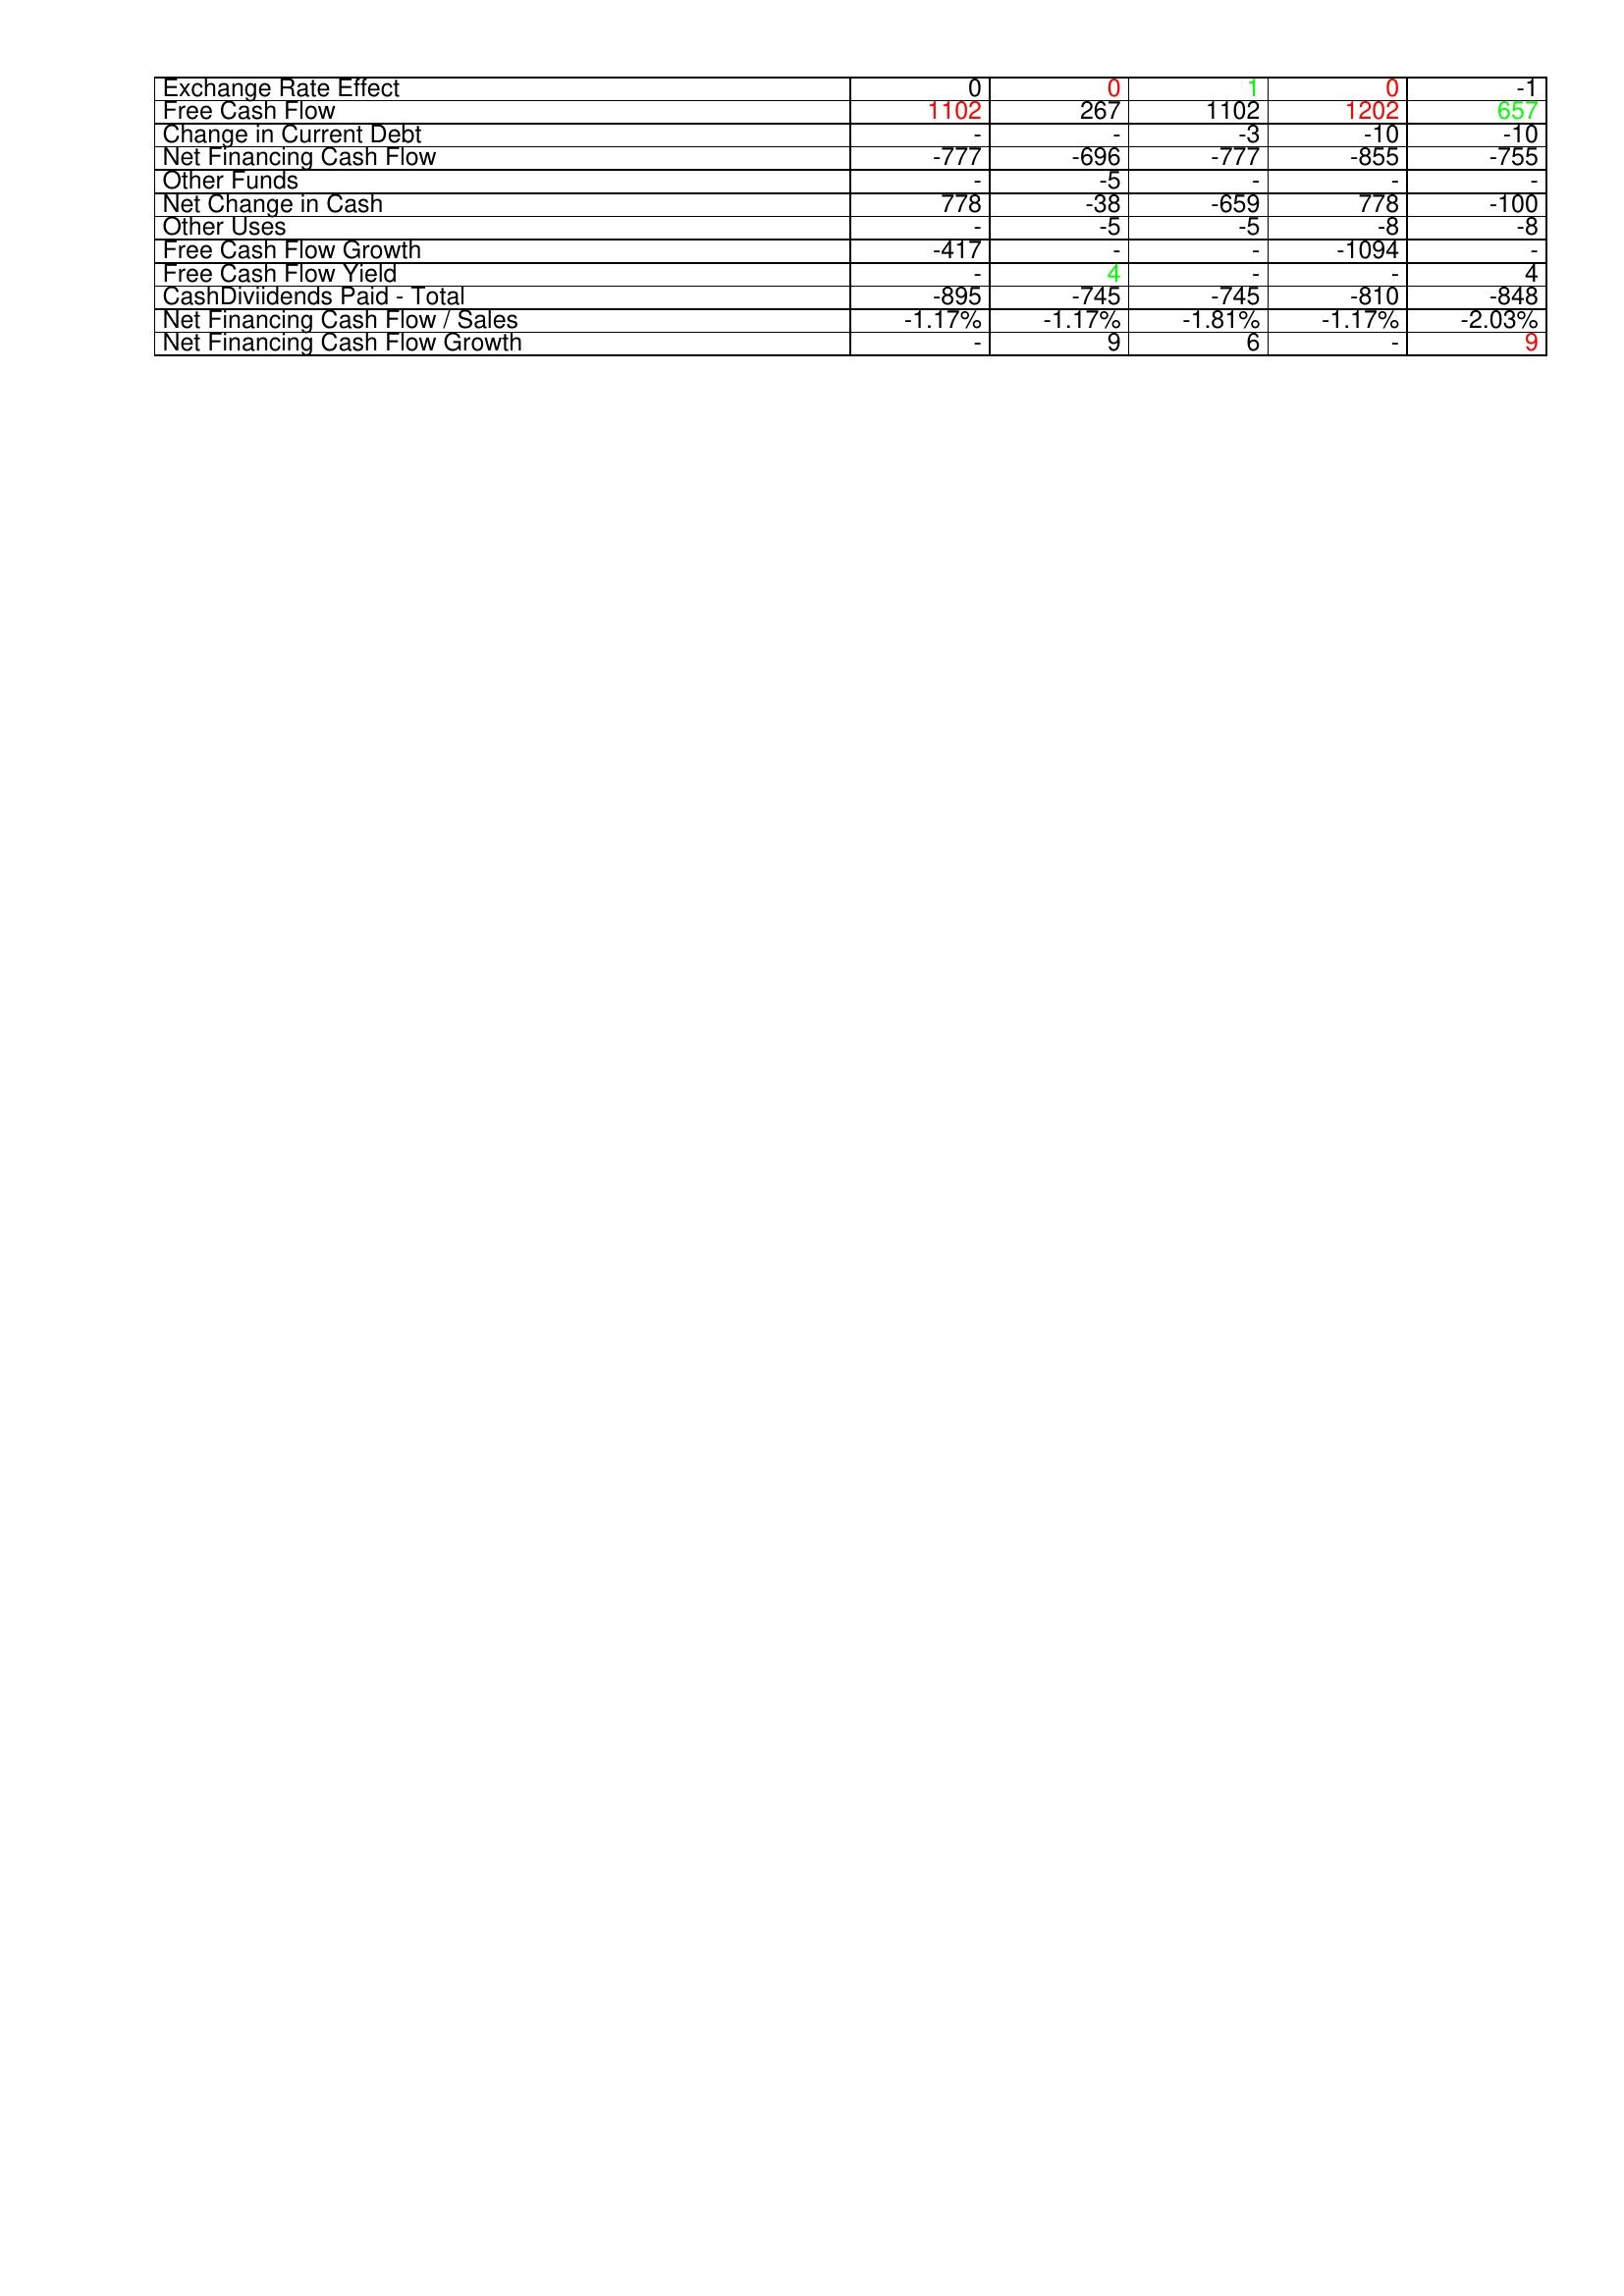
gt_parse: 2014: Financing Activities: Exchange Rate Effect: 0
Free Cash Flow: 1102
Change in Current Debt: -
Net Financing Cash Flow: -777
Other Funds: -
Net Change in Cash: 778
Other Uses: -
Free Cash Flow Growth: -417
Free Cash Flow Yield: -
CashDiviidends Paid - Total: -895
Net Financing Cash Flow / Sales: -1.17%
Net Financing Cash Flow Growth: -
2015: Financing Activities: Exchange Rate Effect: 0
Free Cash Flow: 267
Change in Current Debt: -
Net Financing Cash Flow: -696
Other Funds: -5
Net Change in Cash: -38
Other Uses: -5
Free Cash Flow Growth: -
Free Cash Flow Yield: 4
CashDiviidends Paid - Total: -745
Net Financing Cash Flow / Sales: -1.17%
Net Financing Cash Flow Growth: 9
2016: Financing Activities: Exchange Rate Effect: 1
Free Cash Flow: 1102
Change in Current Debt: -3
Net Financing Cash Flow: -777
Other Funds: -
Net Change in Cash: -659
Other Uses: -5
Free Cash Flow Growth: -
Free Cash Flow Yield: -
CashDiviidends Paid - Total: -745
Net Financing Cash Flow / Sales: -1.81%
Net Financing Cash Flow Growth: 6
2017: Financing Activities: Exchange Rate Effect: 0
Free Cash Flow: 1202
Change in Current Debt: -10
Net Financing Cash Flow: -855
Other Funds: -
Net Change in Cash: 778
Other Uses: -8
Free Cash Flow Growth: -1094
Free Cash Flow Yield: -
CashDiviidends Paid - Total: -810
Net Financing Cash Flow / Sales: -1.17%
Net Financing Cash Flow Growth: -
2018: Financing Activities: Exchange Rate Effect: -1
Free Cash Flow: 657
Change in Current Debt: -10
Net Financing Cash Flow: -755
Other Funds: -
Net Change in Cash: -100
Other Uses: -8
Free Cash Flow Growth: -
Free Cash Flow Yield: 4
CashDiviidends Paid - Total: -848
Net Financing Cash Flow / Sales: -2.03%
Net Financing Cash Flow Growth: 9